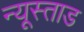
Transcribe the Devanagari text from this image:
न्यूस्ताड